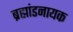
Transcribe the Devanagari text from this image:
ब्रह्मांडनायक